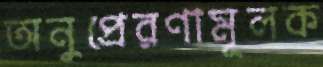
অনুপ্রেরণামূলক